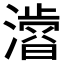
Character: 𭲾